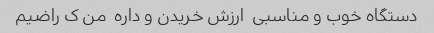
دستگاه خوب و مناسبی  ارزش خریدن و داره  من ک راضیم